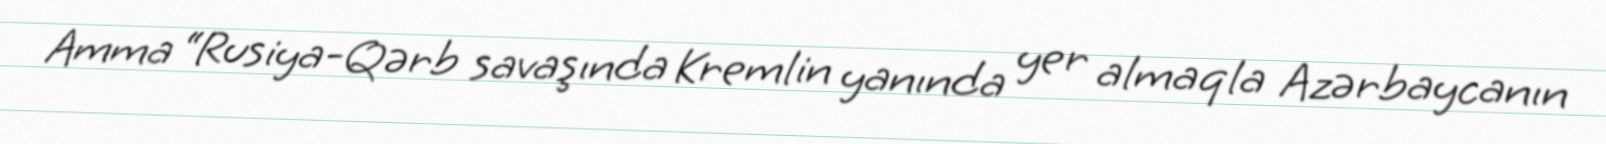
Amma “Rusiya-Qərb savaşında Kremlin yanında yer almaqla Azərbaycanın